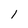
Character: 1